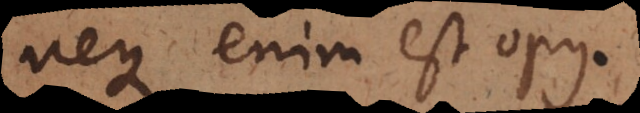
neque enim est opus.